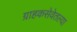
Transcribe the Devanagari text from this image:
ग्राहकसेवेतल्या